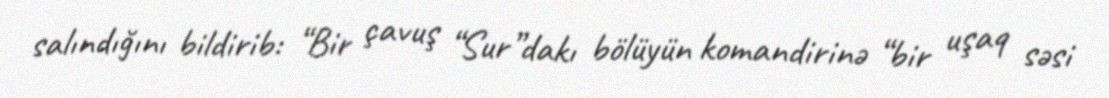
salındığını bildirib: “Bir çavuş “Sur”dakı bölüyün komandirinə “bir uşaq səsi